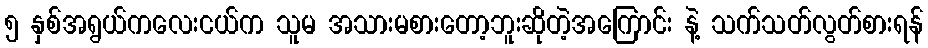
၅ နှစ်အရွယ်ကလေးငယ်က သူမ အသားမစားတော့ဘူးဆိုတဲ့အကြောင်း နဲ့ သက်သတ်လွတ်စားရန်